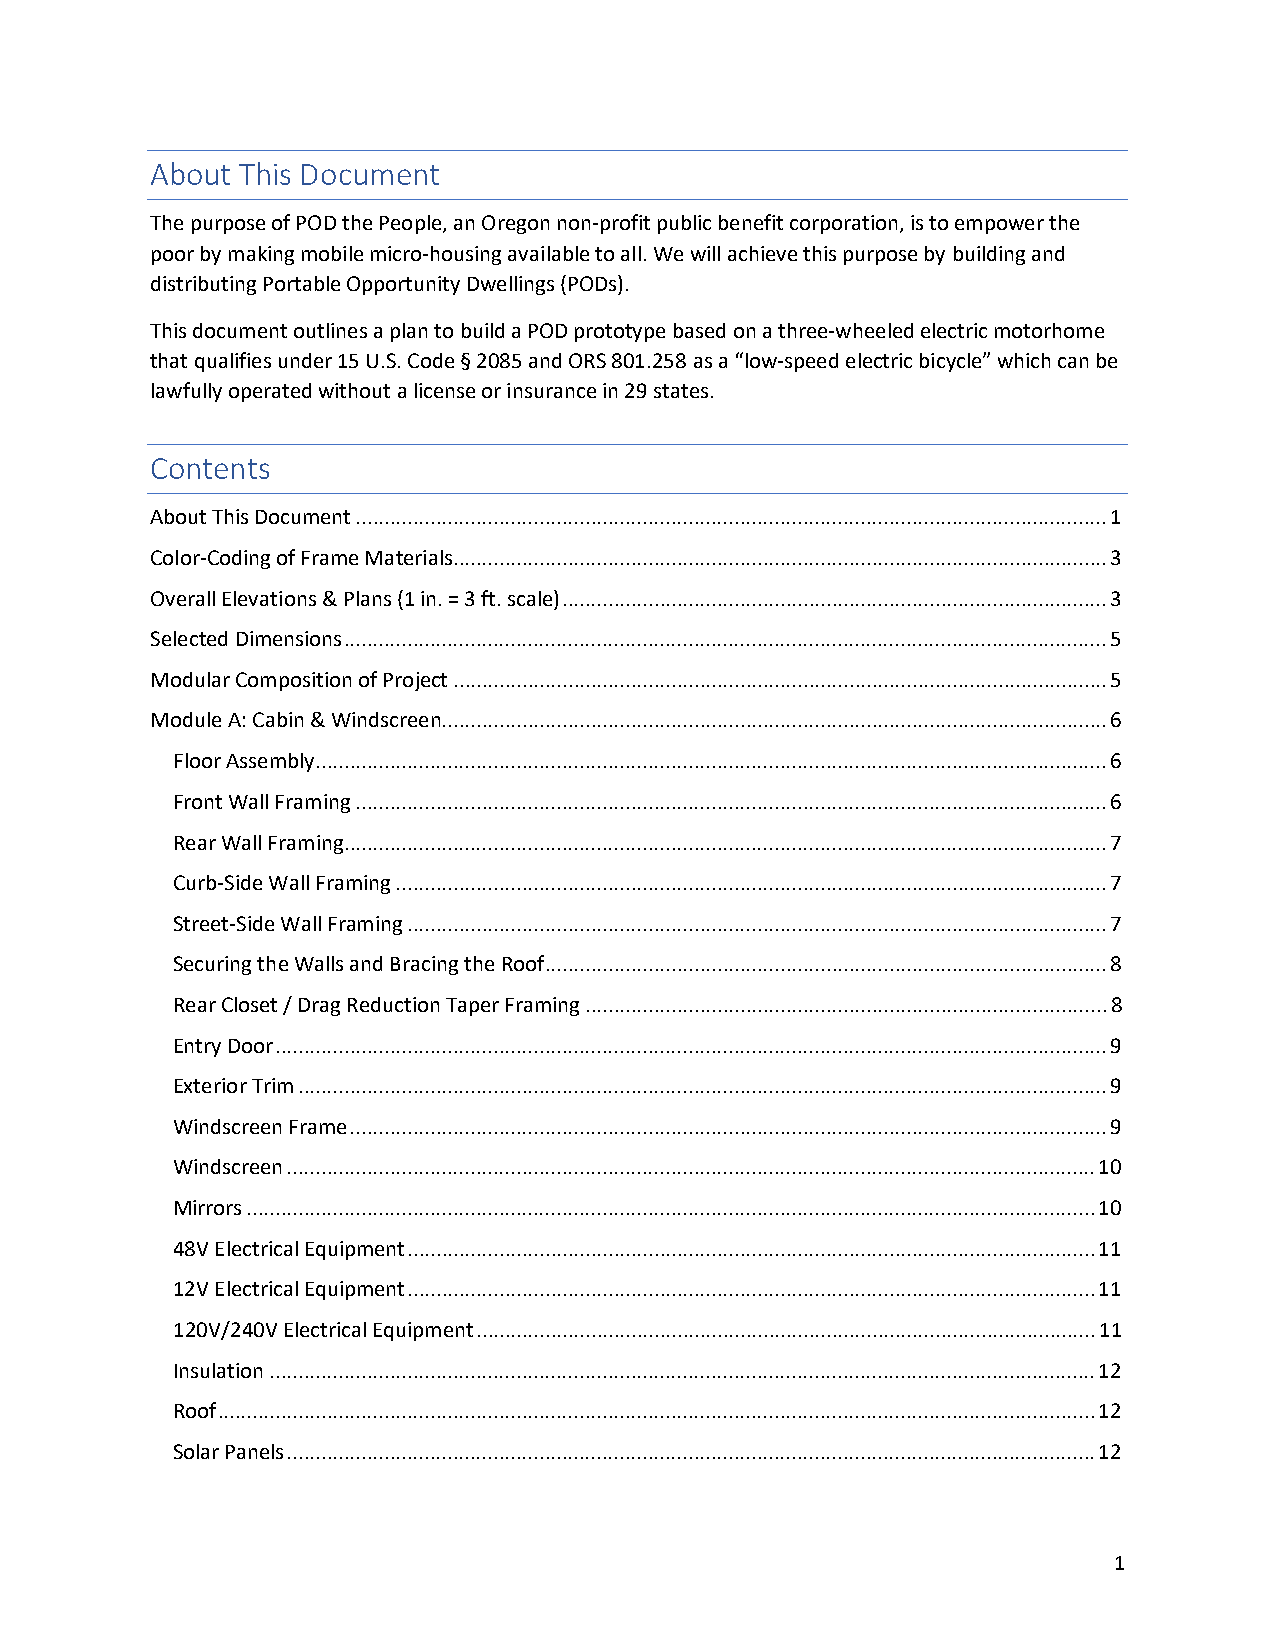
About This Document
 The purpose of POD the People, an Oregon non-profit public benefit corporation, is to empower the
 poor by making mobile micro-housing available to all. We will achieve this purpose by building and
 distributing Portable Opportunity Dwellings (PODs).
 This document outlines a plan to build a POD prototype based on a three-wheeled electric motorhome
 that qualifies under 15 U.S. Code § 2085 and ORS 801.258 as a “low-speed electric bicycle” which can be
 lawfully operated without a license or insurance in 29 states.
 Contents
 About This Document ................................................................................................................................... 1
 Color-Coding of Frame Materials .................................................................................................................. 3
 Overall Elevations & Plans (1 in. = 3 ft. scale) ............................................................................................... 3
 Selected Dimensions ..................................................................................................................................... 5
 Modular Composition of Project .................................................................................................................. 5
 Module A: Cabin & Windscreen .................................................................................................................... 6
 Floor Assembly .......................................................................................................................................... 6
 Front Wall Framing ................................................................................................................................... 6
 Rear Wall Framing ..................................................................................................................................... 7
 Curb-Side Wall Framing ............................................................................................................................ 7
 Street-Side Wall Framing .......................................................................................................................... 7
 Securing the Walls and Bracing the Roof .................................................................................................. 8
 Rear Closet / Drag Reduction Taper Framing ........................................................................................... 8
 Entry Door ................................................................................................................................................. 9
 Exterior Trim ............................................................................................................................................. 9
 Windscreen Frame .................................................................................................................................... 9
 Windscreen ............................................................................................................................................. 10
 Mirrors .................................................................................................................................................... 10
 48V Electrical Equipment ........................................................................................................................ 11
 12V Electrical Equipment ........................................................................................................................ 11
 120V/240V Electrical Equipment ............................................................................................................ 11
 Insulation ................................................................................................................................................ 12
 Roof ......................................................................................................................................................... 12
 Solar Panels ............................................................................................................................................. 12
 1